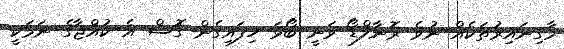
މާގިނައިރުތަކެއް ނުވެ ރޮނާލްޑޯ ވަނީ ބޯޅަ ހިފައިގެން ގޮސް އެ ކުއްޖާގެ ނަމަކީ